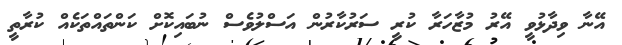
އޭނާ ވިދާޅުވީ އޭރު މުޒާހަރާ ކުރީ ސަރުކާރުން އަސްލުވެސް ނުބައިކޮށް ކަންތައްތަކެއް ކުރާތީ